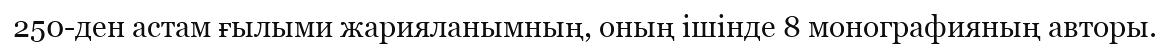
250-ден астам ғылыми жарияланымның, оның ішінде 8 монографияның авторы.